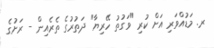
ރ. މަޑުއްވަރި އަށް ކުރި "ވަގުތު ހޭރިޔާ" ދަތުރުގެ ތެރެއިން - ރަށުގެ